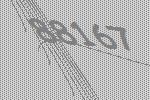
88167